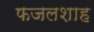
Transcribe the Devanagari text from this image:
फजलशाह